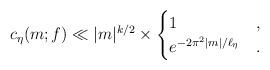
LaTeX: \begin{align*} c_{\eta}(m;f) \ll |m|^{k/2}\times\begin{cases}1 & ,\\ e^{-2\pi^2|m|/\ell_\eta} & .\end{cases}\end{align*}